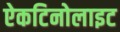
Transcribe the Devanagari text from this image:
ऐकटिनोलाइट